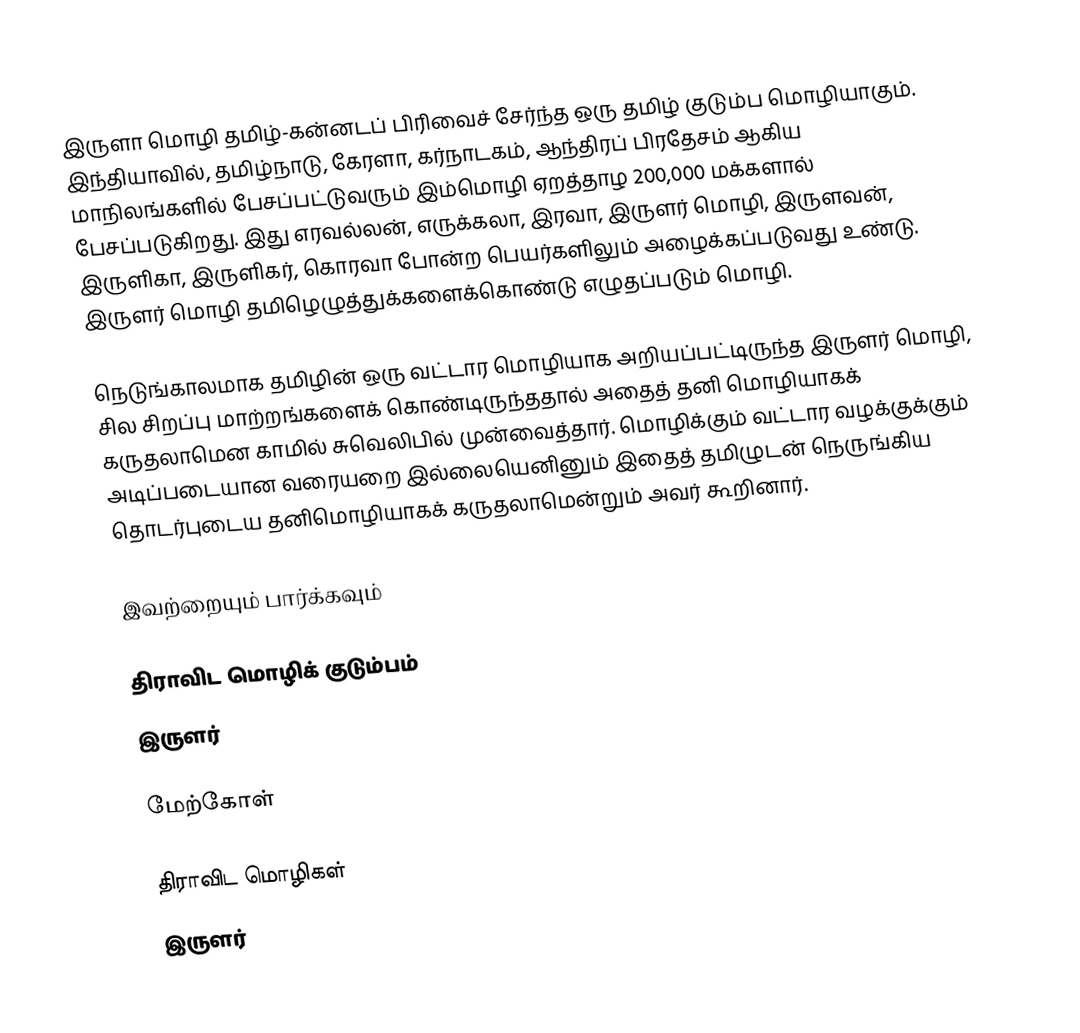
இருளா மொழி தமிழ்-கன்னடப் பிரிவைச் சேர்ந்த ஒரு தமிழ் குடும்ப மொழியாகும். இந்தியாவில், தமிழ்நாடு, கேரளா, கர்நாடகம், ஆந்திரப் பிரதேசம் ஆகிய மாநிலங்களில் பேசப்பட்டுவரும் இம்மொழி ஏறத்தாழ 200,000 மக்களால் பேசப்படுகிறது.  இது எரவல்லன், எருக்கலா, இரவா, இருளர் மொழி, இருளவன், இருளிகா, இருளிகர், கொரவா போன்ற பெயர்களிலும் அழைக்கப்படுவது உண்டு. இருளர் மொழி தமிழெழுத்துக்களைக்கொண்டு எழுதப்படும் மொழி.

நெடுங்காலமாக தமிழின் ஒரு வட்டார மொழியாக அறியப்பட்டிருந்த இருளர் மொழி, சில சிறப்பு மாற்றங்களைக் கொண்டிருந்ததால் அதைத் தனி மொழியாகக் கருதலாமென காமில் சுவெலிபில் முன்வைத்தார். மொழிக்கும் வட்டார வழக்குக்கும் அடிப்படையான வரையறை இல்லையெனினும் இதைத் தமிழுடன் நெருங்கிய தொடர்புடைய தனிமொழியாகக் கருதலாமென்றும் அவர் கூறினார்.

இவற்றையும் பார்க்கவும்

 திராவிட மொழிக் குடும்பம்
 இருளர்

மேற்கோள்

திராவிட மொழிகள்
இருளர்